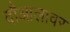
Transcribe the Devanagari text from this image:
दौआलावर